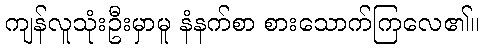
ကျန်လူသုံးဦးမှာမူ နံနက်စာ စားသောက်ကြလေ၏။